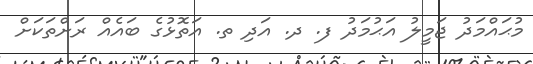
މުޙައްމަދު ޖަމީލު އަޙުމަދު ފ. ދ. އަދި ތ. އަތޮޅުގެ ބައެއް ރަށްތަކަށް